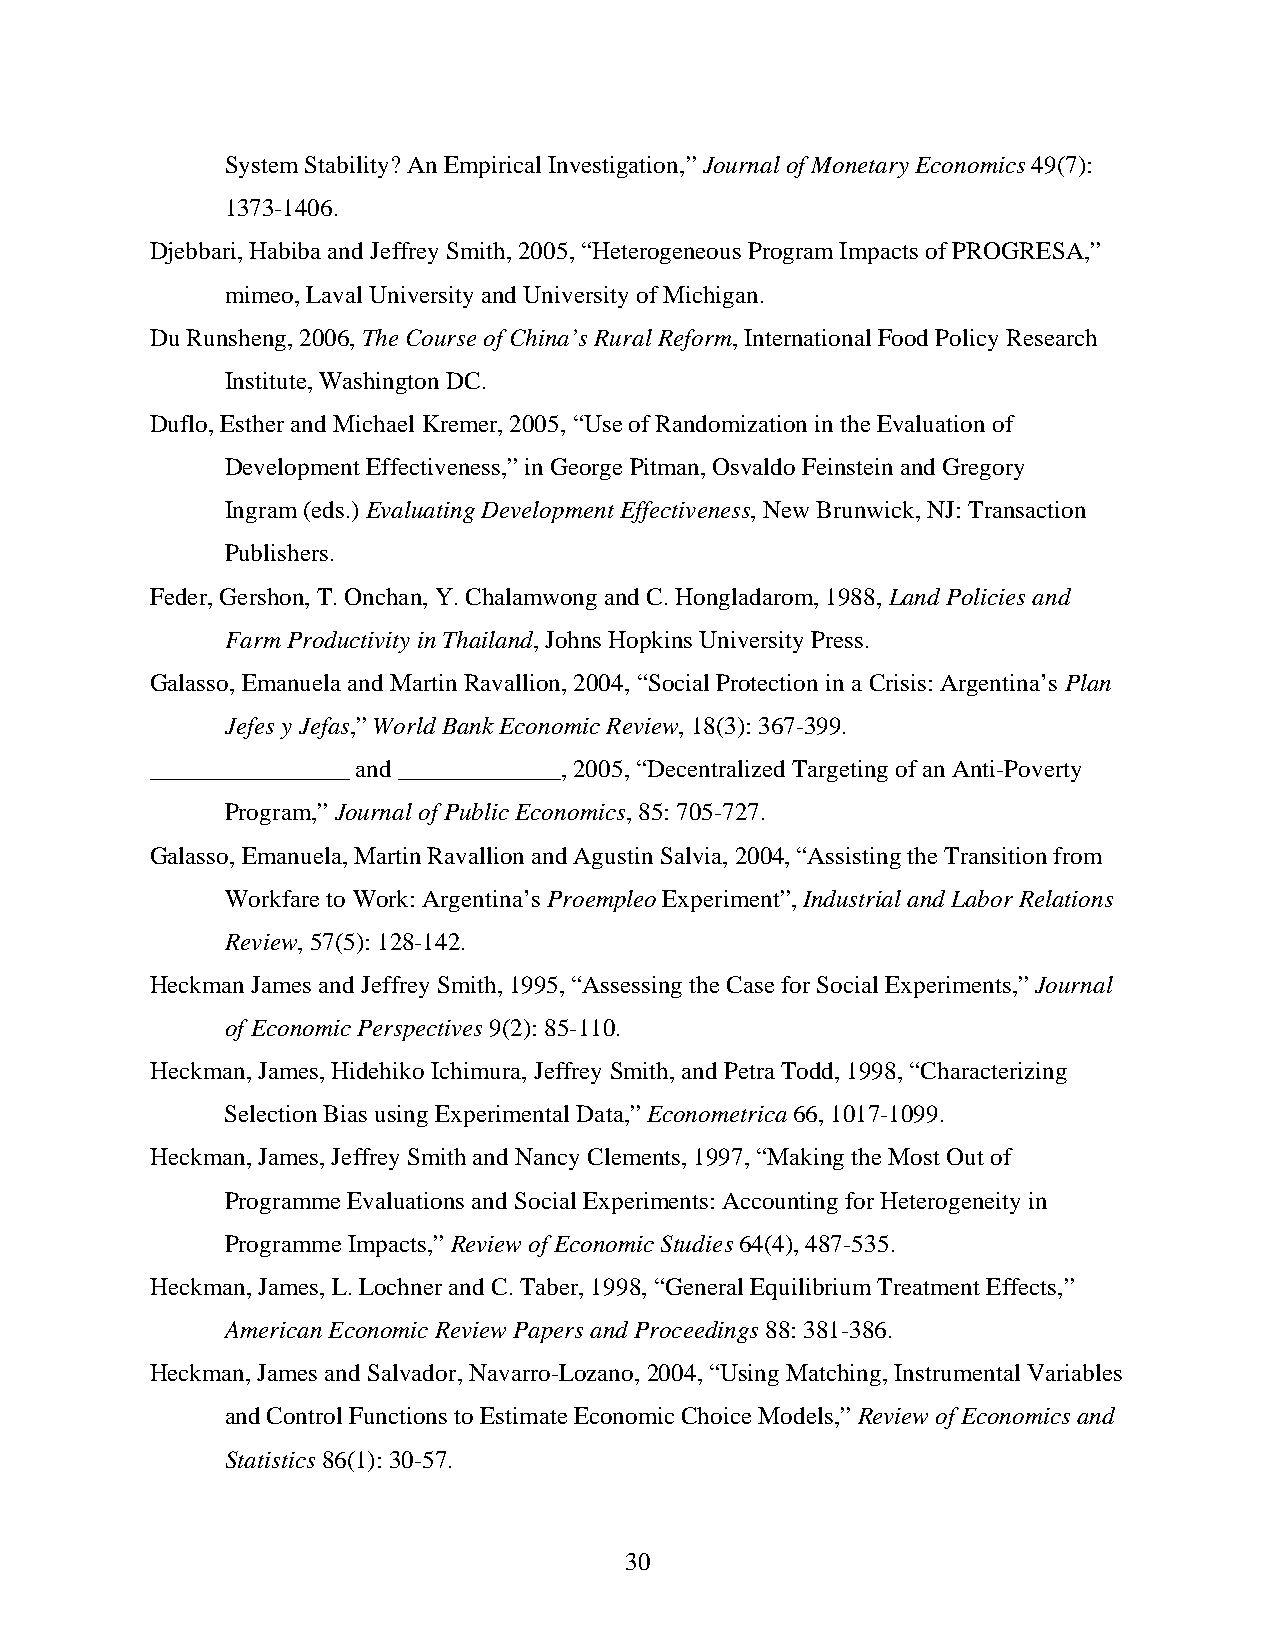
System Stability? An Empirical Investigation,” Journal of Monetary Economics 49(7):
 1373-1406.
 Djebbari, Habiba and Jeffrey Smith, 2005, “Heterogeneous Program Impacts of PROGRESA,”
 mimeo, Laval University and University of Michigan.
 Du Runsheng, 2006, The Course of China’s Rural Reform, International Food Policy Research
 Institute, Washington DC.
 Duflo, Esther and Michael Kremer, 2005, “Use of Randomization in the Evaluation of
 Development Effectiveness,” in George Pitman, Osvaldo Feinstein and Gregory
 Ingram (eds.) Evaluating Development Effectiveness, New Brunwick, NJ: Transaction
 Publishers.
 Feder, Gershon, T. Onchan, Y. Chalamwong and C. Hongladarom, 1988, Land Policies and
 Farm Productivity in Thailand, Johns Hopkins University Press.
 Galasso, Emanuela and Martin Ravallion, 2004, “Social Protection in a Crisis: Argentina’s Plan
 Jefes y Jefas,” World Bank Economic Review, 18(3): 367-399.
 ________________ and _____________, 2005, “Decentralized Targeting of an Anti-Poverty
 Program,” Journal of Public Economics, 85: 705-727.
 Galasso, Emanuela, Martin Ravallion and Agustin Salvia, 2004, “Assisting the Transition from
 Workfare to Work: Argentina’s Proempleo Experiment”, Industrial and Labor Relations
 Review, 57(5): 128-142.
 Heckman James and Jeffrey Smith, 1995, “Assessing the Case for Social Experiments,” Journal
 of Economic Perspectives 9(2): 85-110.
 Heckman, James, Hidehiko Ichimura, Jeffrey Smith, and Petra Todd, 1998, “Characterizing
 Selection Bias using Experimental Data,” Econometrica 66, 1017-1099.
 Heckman, James, Jeffrey Smith and Nancy Clements, 1997, “Making the Most Out of
 Programme Evaluations and Social Experiments: Accounting for Heterogeneity in
 Programme Impacts,” Review of Economic Studies 64(4), 487-535.
 Heckman, James, L. Lochner and C. Taber, 1998, “General Equilibrium Treatment Effects,”
 American Economic Review Papers and Proceedings 88: 381-386.
 Heckman, James and Salvador, Navarro-Lozano, 2004, “Using Matching, Instrumental Variables
 and Control Functions to Estimate Economic Choice Models,” Review of Economics and
 Statistics 86(1): 30-57.
 30